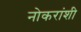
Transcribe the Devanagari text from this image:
नोकरांशी